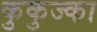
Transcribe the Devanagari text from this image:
कुकुज्का